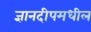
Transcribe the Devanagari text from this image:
ज्ञानदीपमधील